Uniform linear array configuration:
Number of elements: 64
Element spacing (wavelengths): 0.75
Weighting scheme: binomial
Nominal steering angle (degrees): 0
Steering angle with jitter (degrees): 0.9706
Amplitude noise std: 0.05
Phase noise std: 0.05

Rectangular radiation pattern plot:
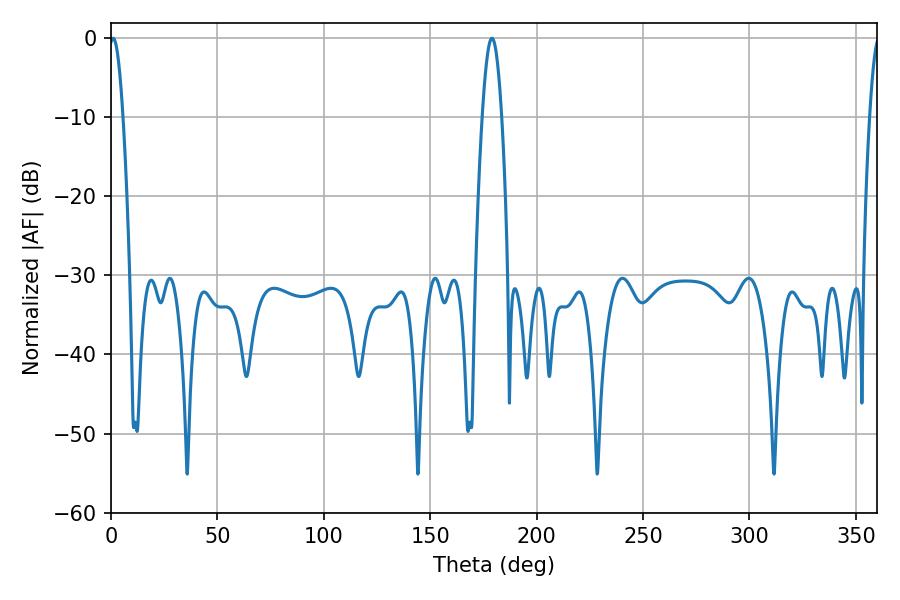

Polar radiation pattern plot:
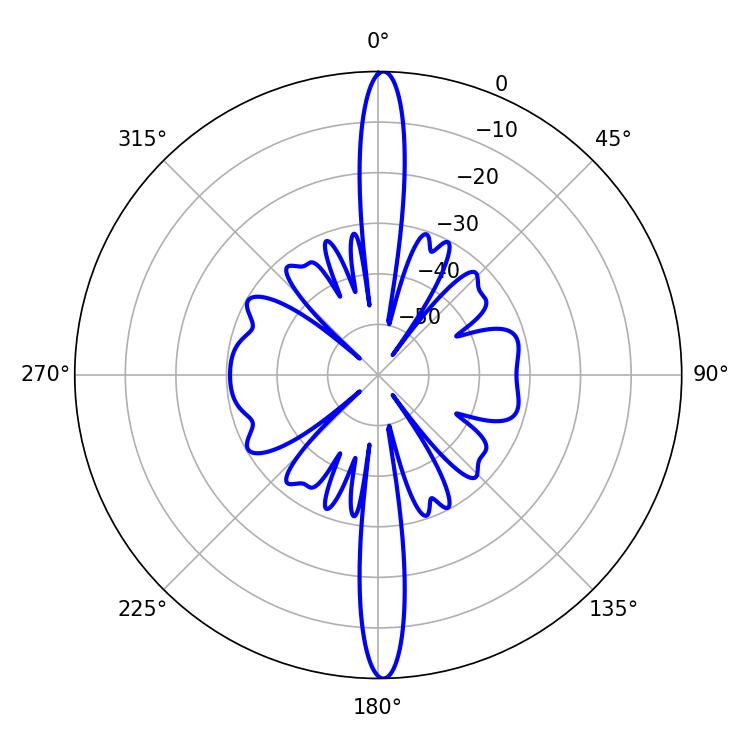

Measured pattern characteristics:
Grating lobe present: TRUE
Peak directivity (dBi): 28.021
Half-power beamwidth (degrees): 3.42
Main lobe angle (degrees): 1.08